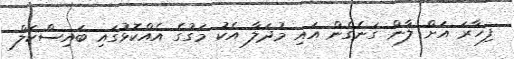
ފިހާރަ އަށް ލާން ގަނެގެން އައި މުދަލާ އެކު މަގުގެ އެއްކޮޅުގައި ބައިސްކަލް